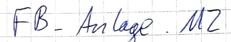
Text: FB_Anlage.M2